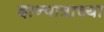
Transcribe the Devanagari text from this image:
दान्पात्राच्या